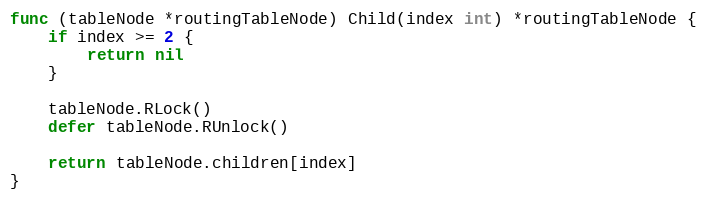
Language: Go
func (tableNode *routingTableNode) Child(index int) *routingTableNode {
	if index >= 2 {
		return nil
	}

	tableNode.RLock()
	defer tableNode.RUnlock()

	return tableNode.children[index]
}